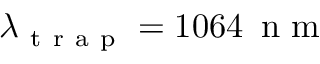
\lambda _ { \mathrm { ~ t ~ r ~ a ~ p ~ } } = 1 0 6 4 \, \mathrm { ~ n ~ m ~ }